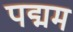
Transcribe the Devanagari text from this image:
पद्मम